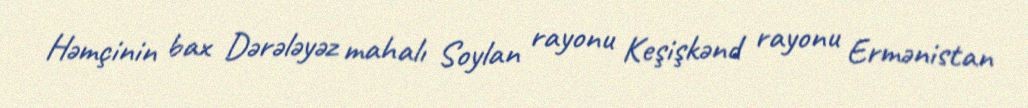
Həmçinin bax Dərələyəz mahalı Soylan rayonu Keşişkənd rayonu Ermənistan